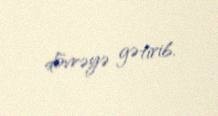
dövrəyə gətirib.